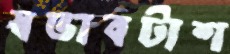
স্বভাবটাশ